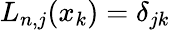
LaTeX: L_{n,j}(x_{k})=\delta_{jk}